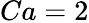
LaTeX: Ca=2